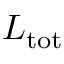
L _ { \mathrm { t o t } }